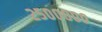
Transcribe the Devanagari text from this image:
२५०००००